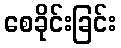
စေခိုင်းခြင်း